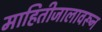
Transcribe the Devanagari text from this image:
माहितीजालावरून